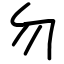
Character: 勿